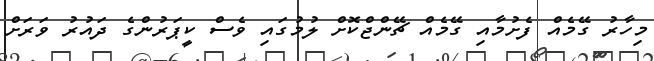
މިހާރު ގޭމެއް ފެށުމާއި ގޭމެއް ޗޭންޖްކޮށް ލުމުގައި ވެސް ކީޕަރުންގެ ދައުރު ވަރަށް